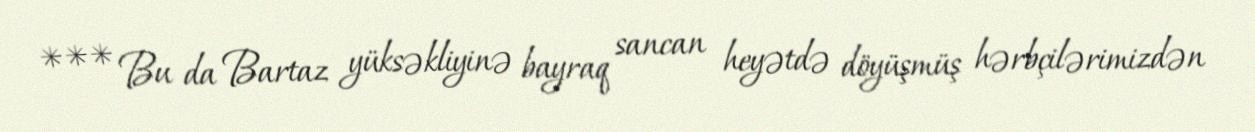
*** Bu da Bartaz yüksəkliyinə bayraq sancan heyətdə döyüşmüş hərbçilərimizdən